Civil Veterinary Dept. North-West Frontier Province 1933-46 - 1933-1946
Year: 1933
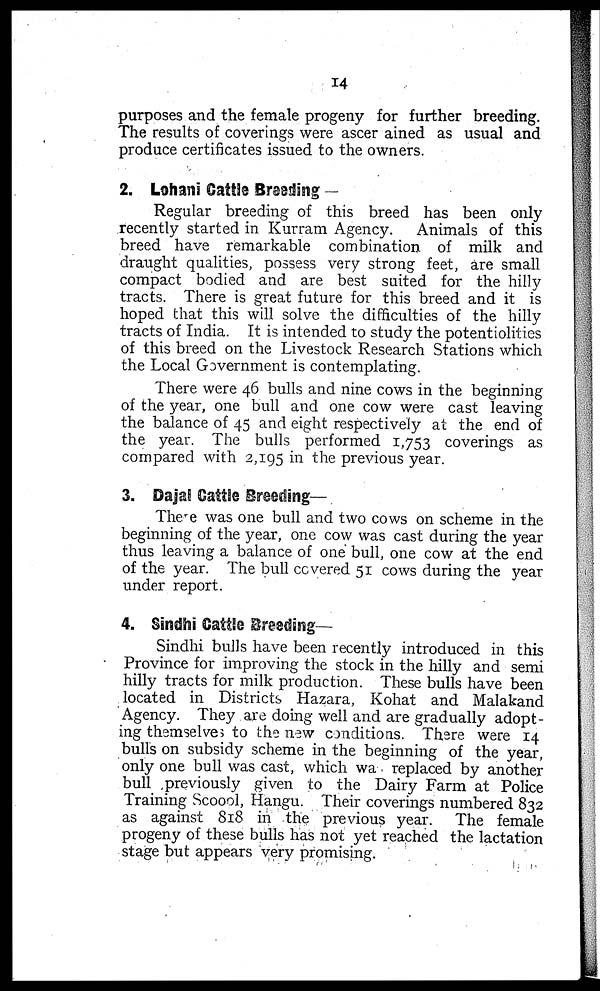
14
purposes and the female progeny for further breeding.
The results of coverings were ascer ained as usual and
produce certificates issued to the owners.
2. Lohani Cattle Breeding —
Regular breeding of this breed has been only
recently started in Kurram Agency. Animals of this
breed have remarkable combination of milk and
draught qualities, possess very strong feet, are small
compact bodied and are best suited for the hilly
tracts. There is great future for this breed and it is
hoped that this will solve the difficulties of the hilly
tracts of India. It is intended to study the potentiolities
of this breed on the Livestock Research Stations which
the Local Government is contemplating.
There were 46 bulls and nine cows in the beginning
of the year, one bull and one cow were cast leaving
the balance of 45 and eight respectively at the end of
the year. The bulls performed 1,753 coverings as
compared with 2,195 in the previous year.
3. Dajal Cattle Breeding—
There was one bull and two cows on scheme in the
beginning of the year, one cow was cast during the year
thus leaving a balance of one bull, one cow at the end
of the year. The bull covered 51 cows during the year
under report.
4. Sindhi Cattle Breeding—
Sindhi bulls have been recently introduced in this
Province for improving the stock in the hilly and semi
hilly tracts for milk production. These bulls have been
located in Districts Hazara, Kohat and Malakand
Agency. They are doing well and are gradually adopt-
ing themselves to the new conditions. There were 14
bulls on subsidy scheme in the beginning of the year,
only one bull was cast, which was replaced by another
bull previously given to the Dairy Farm at Police
Training Scoool, Hangu. Their coverings numbered 832
as against 818 in the previous year. The female
progeny of these bulls has not yet reached the lactation
stage but appears very promising.